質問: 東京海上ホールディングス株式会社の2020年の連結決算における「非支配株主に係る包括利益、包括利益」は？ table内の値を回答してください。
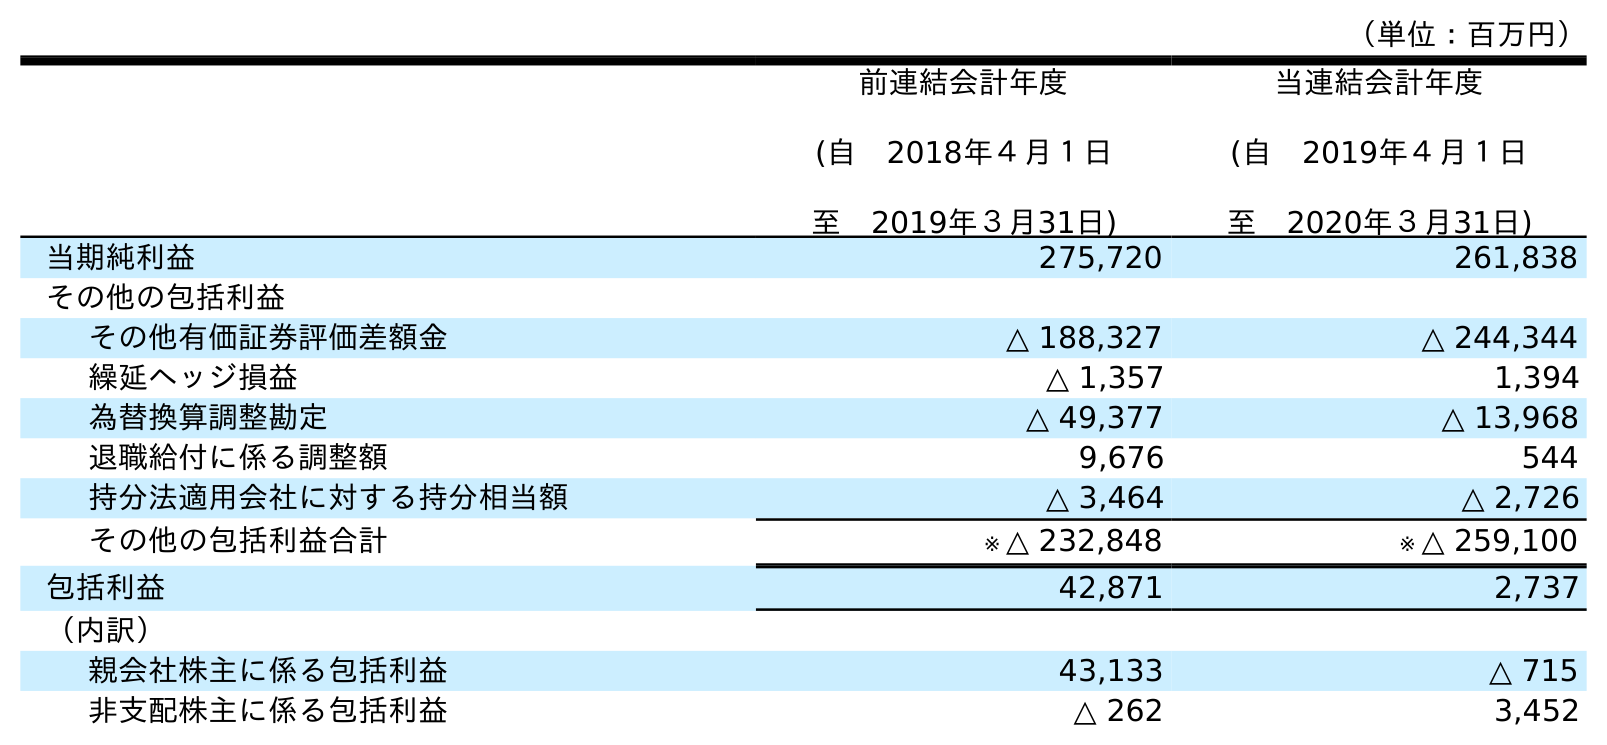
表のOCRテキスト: （単位：百万円） 前連結会計年度 (自 2018年４月１日 至 2019年３月31日) 当連結会計年度 (自 2019年４月１日 至 2020年３月31日) 当期純利益 275,720 261,838 その他の包括利益 その他有価証券評価差額金 △ 188,327 △ 244,344 繰延ヘッジ損益 △ 1,357 1,394 為替換算調整勘定 △ 49,377 △ 13,968 退職給付に係る調整額 9,676 544 持分法適用会社に対する持分相当額 △ 3,464 △ 2,726 その他の包括利益合計 ※ △ 232,848 ※ △ 259,100 包括利益 42,871 2,737 （内訳） 親会社株主に係る包括利益 43,133 △ 715 非支配株主に係る包括利益 △ 262 3,452
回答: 3,452